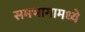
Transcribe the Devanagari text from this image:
समभागामध्ये